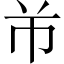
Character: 𱜢